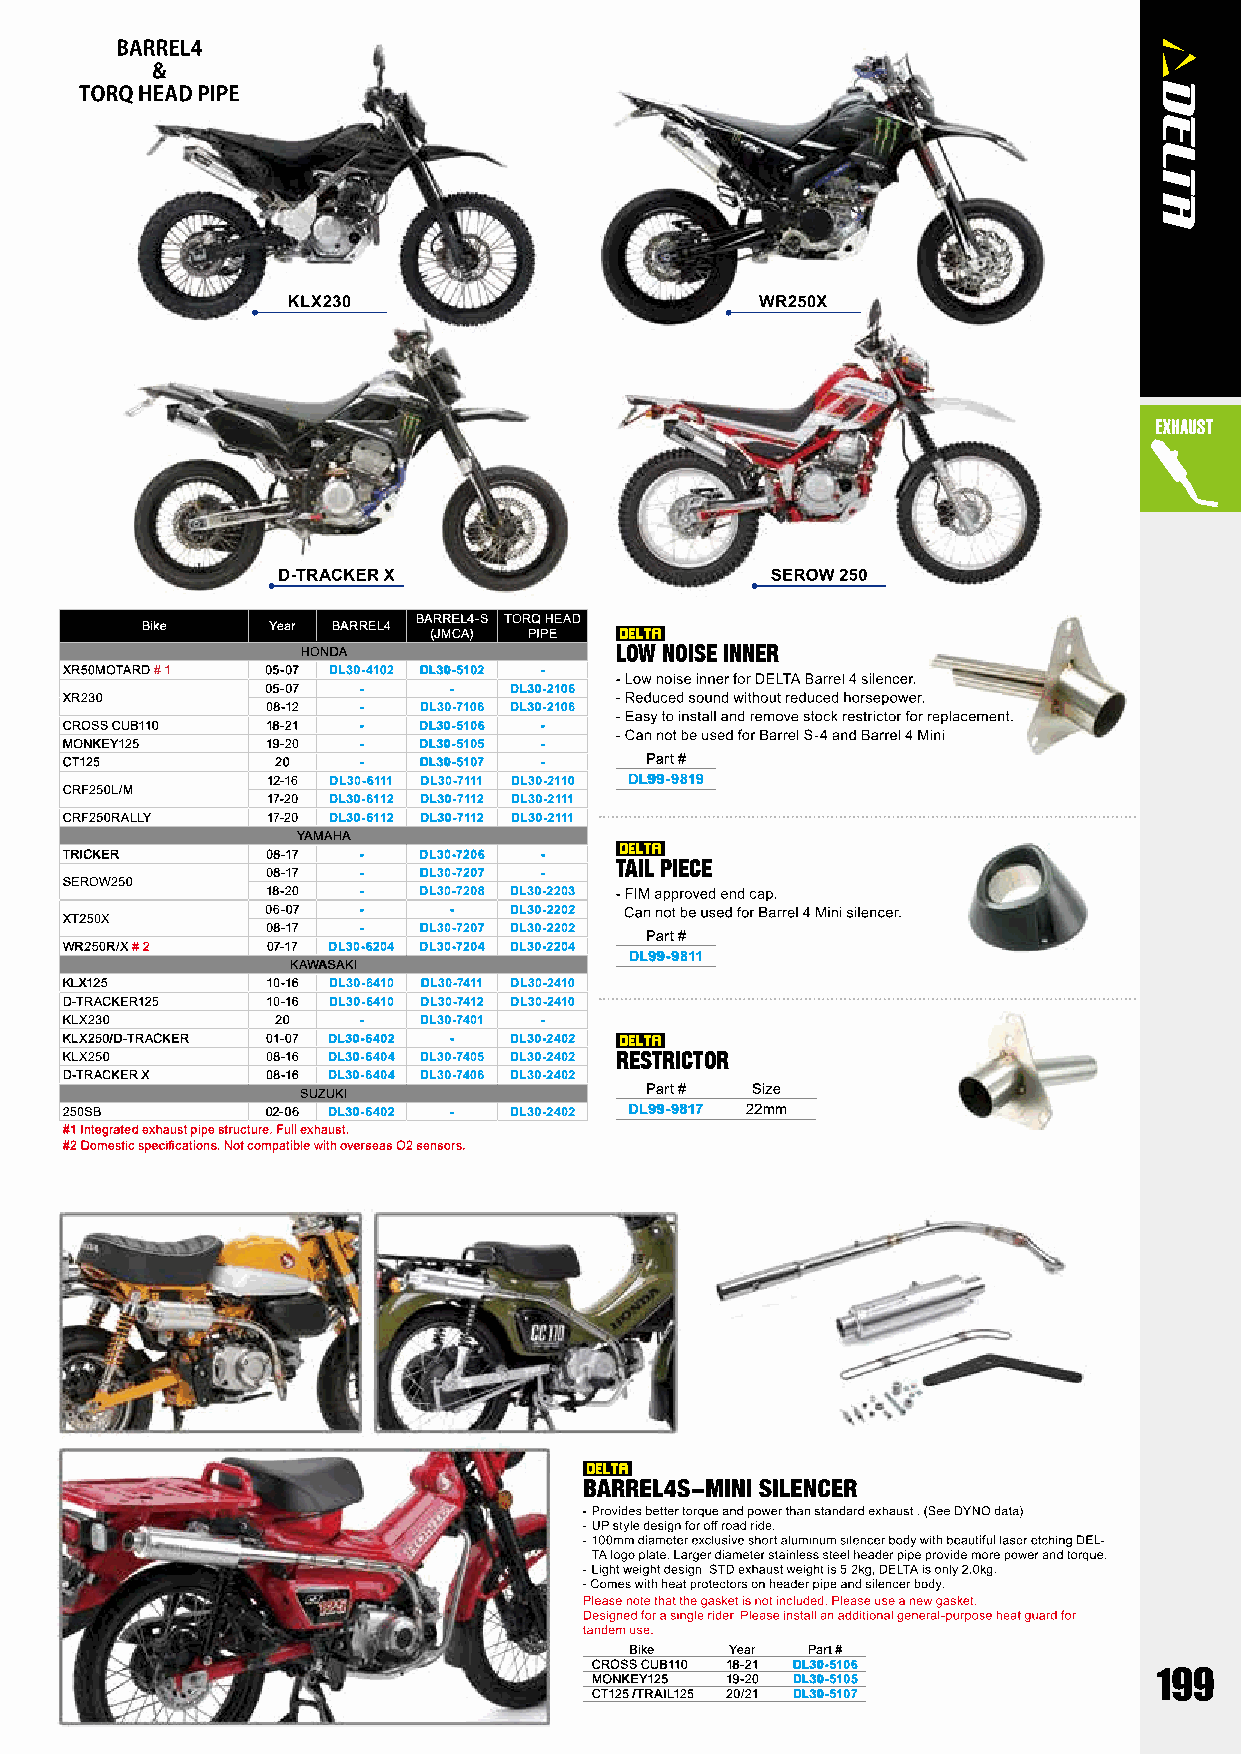
BARREL4-S TORQ HEAD
 Bike     Year BARREL4
 (JMCA) PIPE
 HONDA                LOW NOISE INNER
 XR50MOTARD # 1 05-07 DL30-4102 DL30-5102 -
 05-07 -     -   DL30-2106
 XR230
 08-12 -   DL30-7106 DL30-2106
 CROSS CUB110  18-21 -   DL30-5106 -
 MONKEY125     19-20 -   DL30-5105 -
 CT125         20    -   DL30-5107 -    Part #
 12-16 DL30-6111 DL30-7111 DL30-2110 DL99-9819
 CRF250L/M
 17-20 DL30-6112 DL30-7112 DL30-2111
 CRF250RALLY   17-20 DL30-6112 DL30-7112 DL30-2111
 YAMAHA
 TRICKER       08-17 -   DL30-7206 -
 TAIL PIECE
 08-17 -   DL30-7207 -
 SEROW250
 18-20 -   DL30-7208 DL30-2203
 06-07 -     -   DL30-2202
 XT250X
 08-17 -   DL30-7207 DL30-2202
 Part #
 WR250R/X # 2  07-17 DL30-6204 DL30-7204 DL30-2204
 DL99-9811
 KAWASAKI
 KLX125        10-16 DL30-6410 DL30-7411 DL30-2410
 D-TRACKER125  10-16 DL30-6410 DL30-7412 DL30-2410
 KLX230        20    -   DL30-7401 -
 KLX250/D-TRACKER 01-07 DL30-6402 - DL30-2402
 KLX250        08-16 DL30-6404 DL30-7405 DL30-2402 RESTRICTOR
 D-TRACKER X   08-16 DL30-6404 DL30-7406 DL30-2402
 SUZUKI                 Part # Size
 250SB         02-06 DL30-6402 - DL30-2402 DL99-9817 22mm
 #1 Integrated exhaust pipe structure. Full exhaust.
 #2 Domestic specifications. Not compatible with overseas O2 sensors.
 Bike  Year Part #
 CROSS CUB110 18-21 DL30-5106
 MONKEY125 19-20 DL30-5105
 CT125 /TRAIL125 20/21 DL30-5107